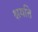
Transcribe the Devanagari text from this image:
क्षयति